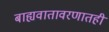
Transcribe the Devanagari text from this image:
बाह्यवातावरणातही